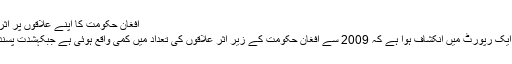
افغان حکومت کا اپنے علاقوں پر اثر و رسوخ کم ہوگیا، امریکی کانگریس میں انکشاف
واشنگٹن(سنگر نیوز) امریکی حکام کی جانب سے ایک رپورٹ میں انکشاف ہوا ہے کہ 2009 سے افغان حکومت کے زیر اثر علاقوں کی تعداد میں کمی واقع ہوئی ہے جبکہشدت پسندوں کا مختلف علاقوں میں اثرو رسوخ بڑھ رہا ہے۔